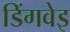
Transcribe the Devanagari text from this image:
डिंगवेइ